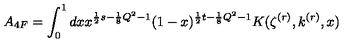
A _ { 4 F } = \int _ { 0 } ^ { 1 } d x x ^ { \frac { 1 } { 2 } s - \frac { 1 } { 8 } Q ^ { 2 } - 1 } ( 1 - x ) ^ { \frac { 1 } { 2 } t - \frac { 1 } { 8 } Q ^ { 2 } - 1 } K ( \zeta ^ { ( r ) } , k ^ { ( r ) } , x )